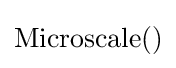
\operatorname {Microscale} ()